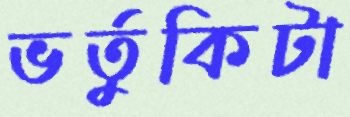
ভর্তুকিটা